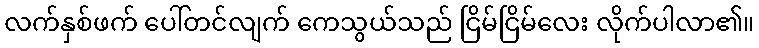
လက်နှစ်ဖက် ပေါ်တင်လျက် ကေသွယ်သည် ငြိမ်ငြိမ်လေး လိုက်ပါလာ၏။